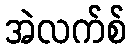
အဲလက်စ်